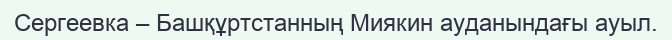
Сергеевка – Башқұртстанның Миякин ауданындағы ауыл.